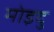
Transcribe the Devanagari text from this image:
मोइदु